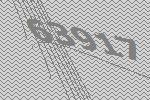
63917